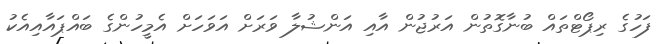
ފަހުގެ ރިޕޯޓްތައް ބުނާގޮތުން އަރުޖުން އާއި އަންޝުލާ ވަރަށް އަވަހަށް އެމީހުންގެ ބައްޕައާއިއެކު